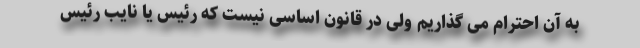
به آن احترام می گذاریم ولی در قانون اساسی نیست که رئیس یا نایب رئیس